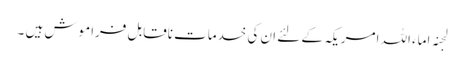
لجنہ اماء اللہ امریکہ کے لئے ان کی خدمات ناقابل فراموش ہیں ۔